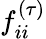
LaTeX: f_{ii}^{(\tau)}